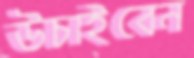
উচাইবেন